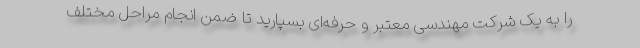
را به یک شرکت مهندسی معتبر و حرفه‌ای بسپارید تا ضمن انجام مراحل مختلف